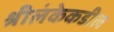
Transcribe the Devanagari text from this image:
श्रीलंकेकडील